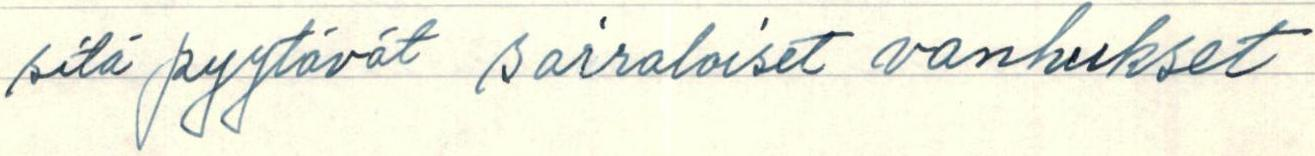
sitä pyytävät sairaloiset vanhukset